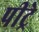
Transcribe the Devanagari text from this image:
पीट्रे